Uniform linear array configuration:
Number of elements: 32
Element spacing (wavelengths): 1
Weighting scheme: uniform
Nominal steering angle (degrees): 60
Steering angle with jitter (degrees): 59.012
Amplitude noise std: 0.05
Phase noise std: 0.05

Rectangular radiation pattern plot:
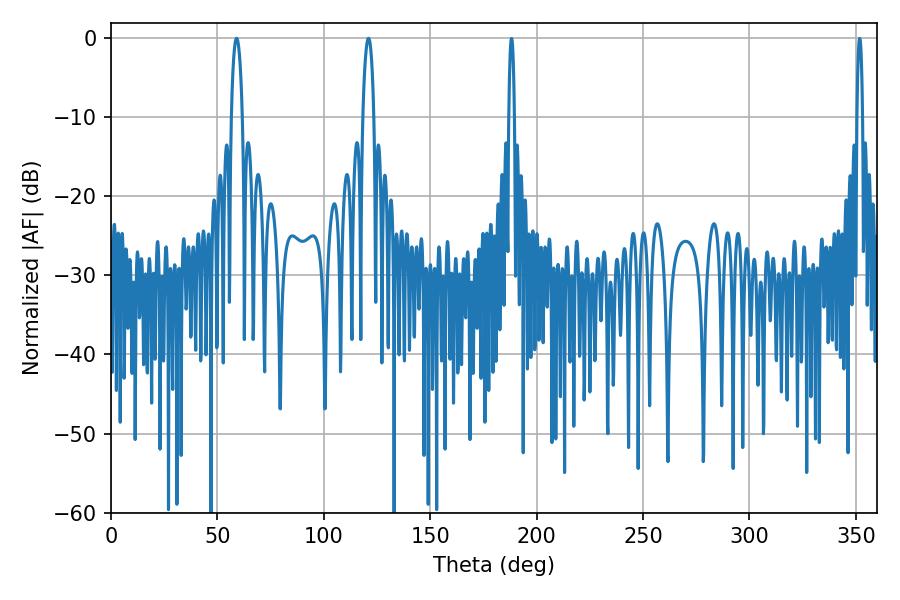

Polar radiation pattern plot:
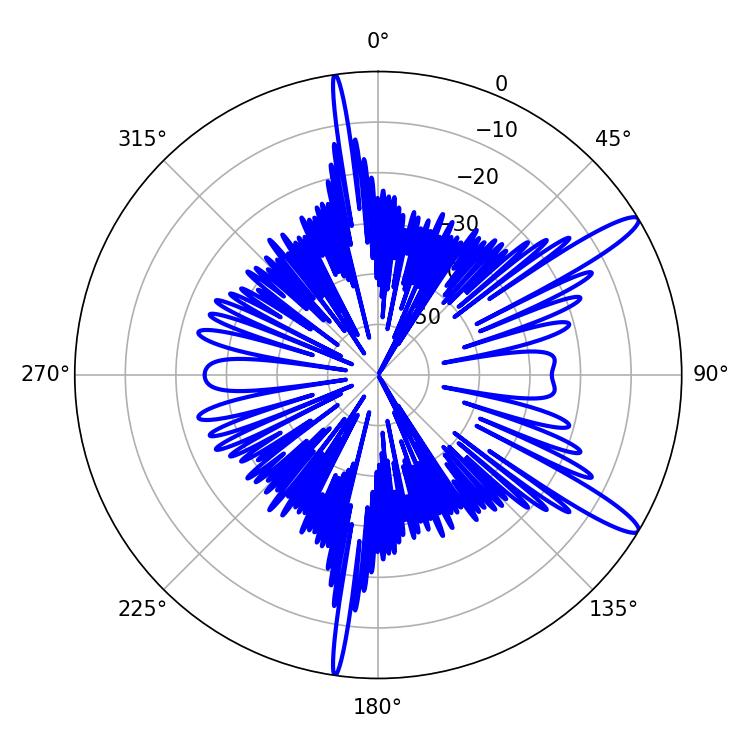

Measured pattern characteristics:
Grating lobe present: TRUE
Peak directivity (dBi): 13.326
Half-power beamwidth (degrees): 2.88
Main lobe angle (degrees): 120.96